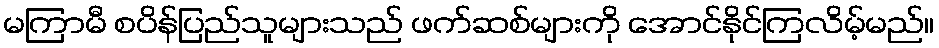
မကြာမီ စပိန်ပြည်သူများသည် ဖက်ဆစ်များကို အောင်နိုင်ကြလိမ့်မည်။